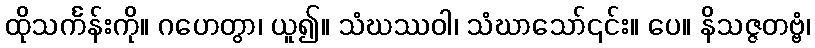
ထိုသင်္ကန်းကို။ ဂဟေတွာ၊ ယူ၍။ သံဃဿဝါ၊ သံဃာသော်၎င်း။ ပေ။ နိသဇ္ဇတဗ္ဗံ၊